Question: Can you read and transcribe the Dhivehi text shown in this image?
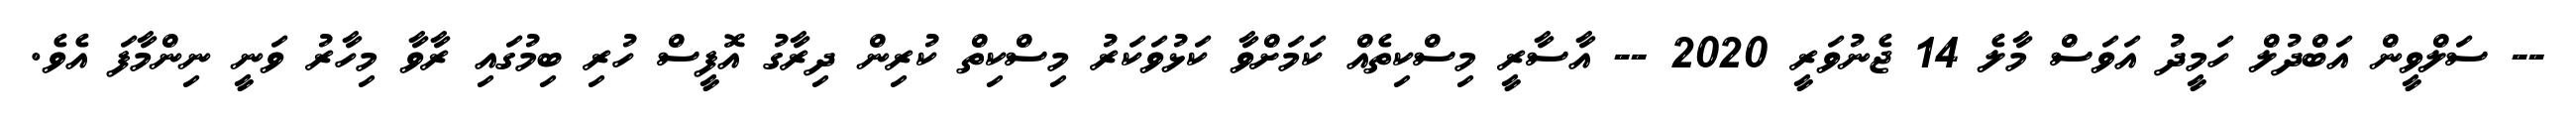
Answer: -- ސަލްވީން އަބްދުލް ހަމީދު އަވަސް މާލެ 14 ޖެނުވަރީ 2020 -- އާސާރީ މިސްކިތެއް ކަމަށްވާ ކަޅުވަކަރު މިސްކިތް ކުރިން ދިރާގު އޮފީސް ހުރި ބިމުގައި ރާވާ މިހާރު ވަނީ ނިންމާފަ އެވެ.